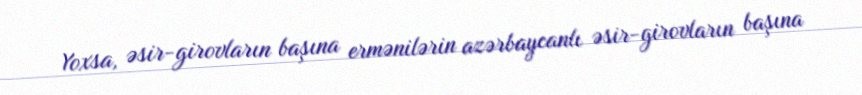
Yoxsa, əsir-girovların başına ermənilərin azərbaycanlı əsir-girovların başına